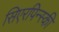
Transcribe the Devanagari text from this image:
सिएरपिन्स्की